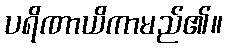
ပရိဏာယိကာမည်၏။